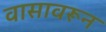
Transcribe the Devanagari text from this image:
वासावरून